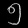
Digit: ၅